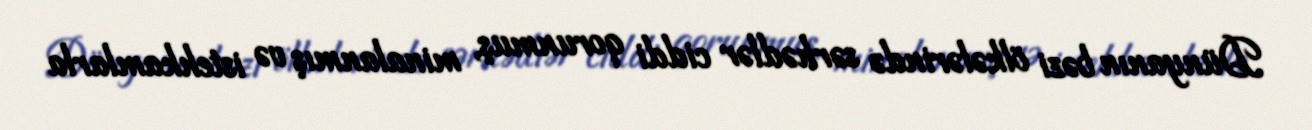
Dünyanın bəzi ölkələrində sərhədlər ciddi qorunmuş, minalanmış və istehkamlarla